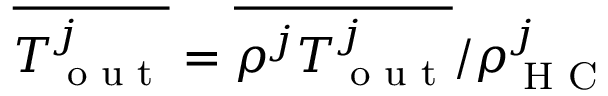
\overline { { T _ { \textrm { o u t } } ^ { j } } } = \overline { { \rho ^ { j } T _ { \textrm { o u t } } ^ { j } } } / \rho _ { \textrm { H C } } ^ { j }